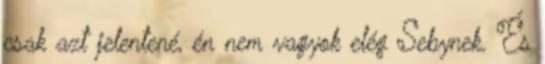
csak azt jelentené, én nem vagyok elég Sebynek. És